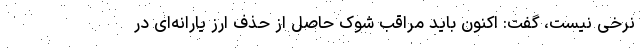
نرخی نیست، گفت: اکنون باید مراقب شوک حاصل از حذف ارز یارانه‌ای در